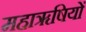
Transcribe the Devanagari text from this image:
महाॠषियों